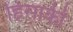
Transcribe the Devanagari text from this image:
हिसाकी